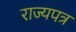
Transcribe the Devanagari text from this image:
राज्यपत्र